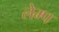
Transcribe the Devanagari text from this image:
लेम्प